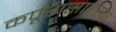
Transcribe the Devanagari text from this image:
कर्पूरासारखा